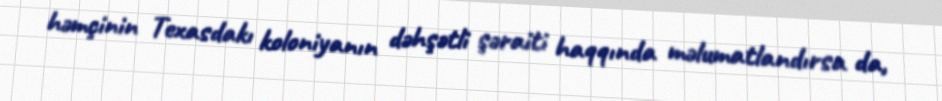
həmçinin Texasdakı koloniyanın dəhşətli şəraiti haqqında məlumatlandırsa da,